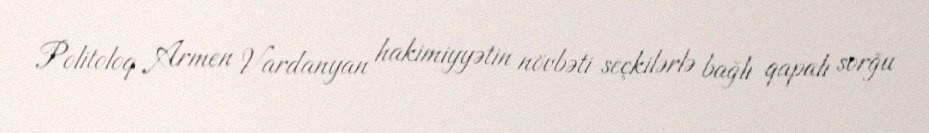
Politoloq Armen Vardanyan hakimiyyətin növbəti seçkilərlə bağlı qapalı sorğu